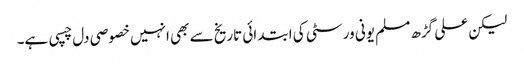
لیکن علی گڑھ مسلم یونی ورسٹی کی ابتدائی تاریخ سے بھی انہیں خصوصی دل چسپی ہے۔